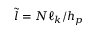
\tilde { l } = N \ell _ { k } / h _ { p }